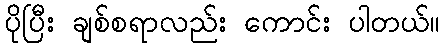
ပိုပြီး ချစ်စရာလည်း ကောင်း ပါတယ်။